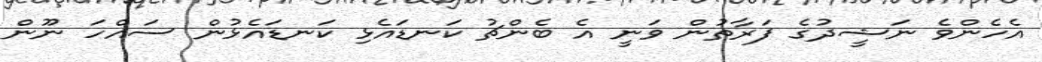
އެހެންވެ ނަޝީދުގެ ފަރާތުން ވަނީ އެ ބެންޗު ކަނޑައެޅި ކަނޑައެޅުން ސައްހަ ނޫން